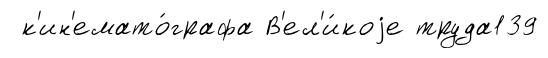
к'ин'емато́графа В'ел'и́коjе труда139